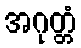
အဂုတ္တံ